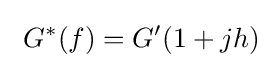
\ G^{*}(f)=G'(1+jh)